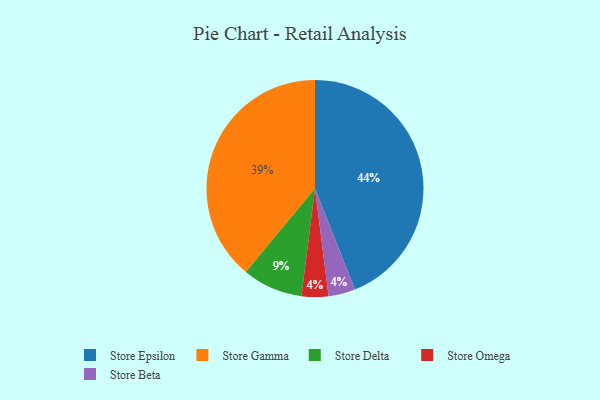
{"axis": {"x": "Category", "y": "Percentage"}, "legend": ["Store Beta", "Store Delta", "Store Epsilon", "Store Gamma", "Store Omega"], "data": [{"x": "Store Omega", "y": 4, "type": "Store Omega"}, {"x": "Store Beta", "y": 4, "type": "Store Beta"}, {"x": "Store Epsilon", "y": 44, "type": "Store Epsilon"}, {"x": "Store Delta", "y": 9, "type": "Store Delta"}, {"x": "Store Gamma", "y": 39, "type": "Store Gamma"}]}